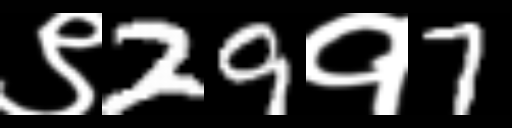
Text: ९29१7